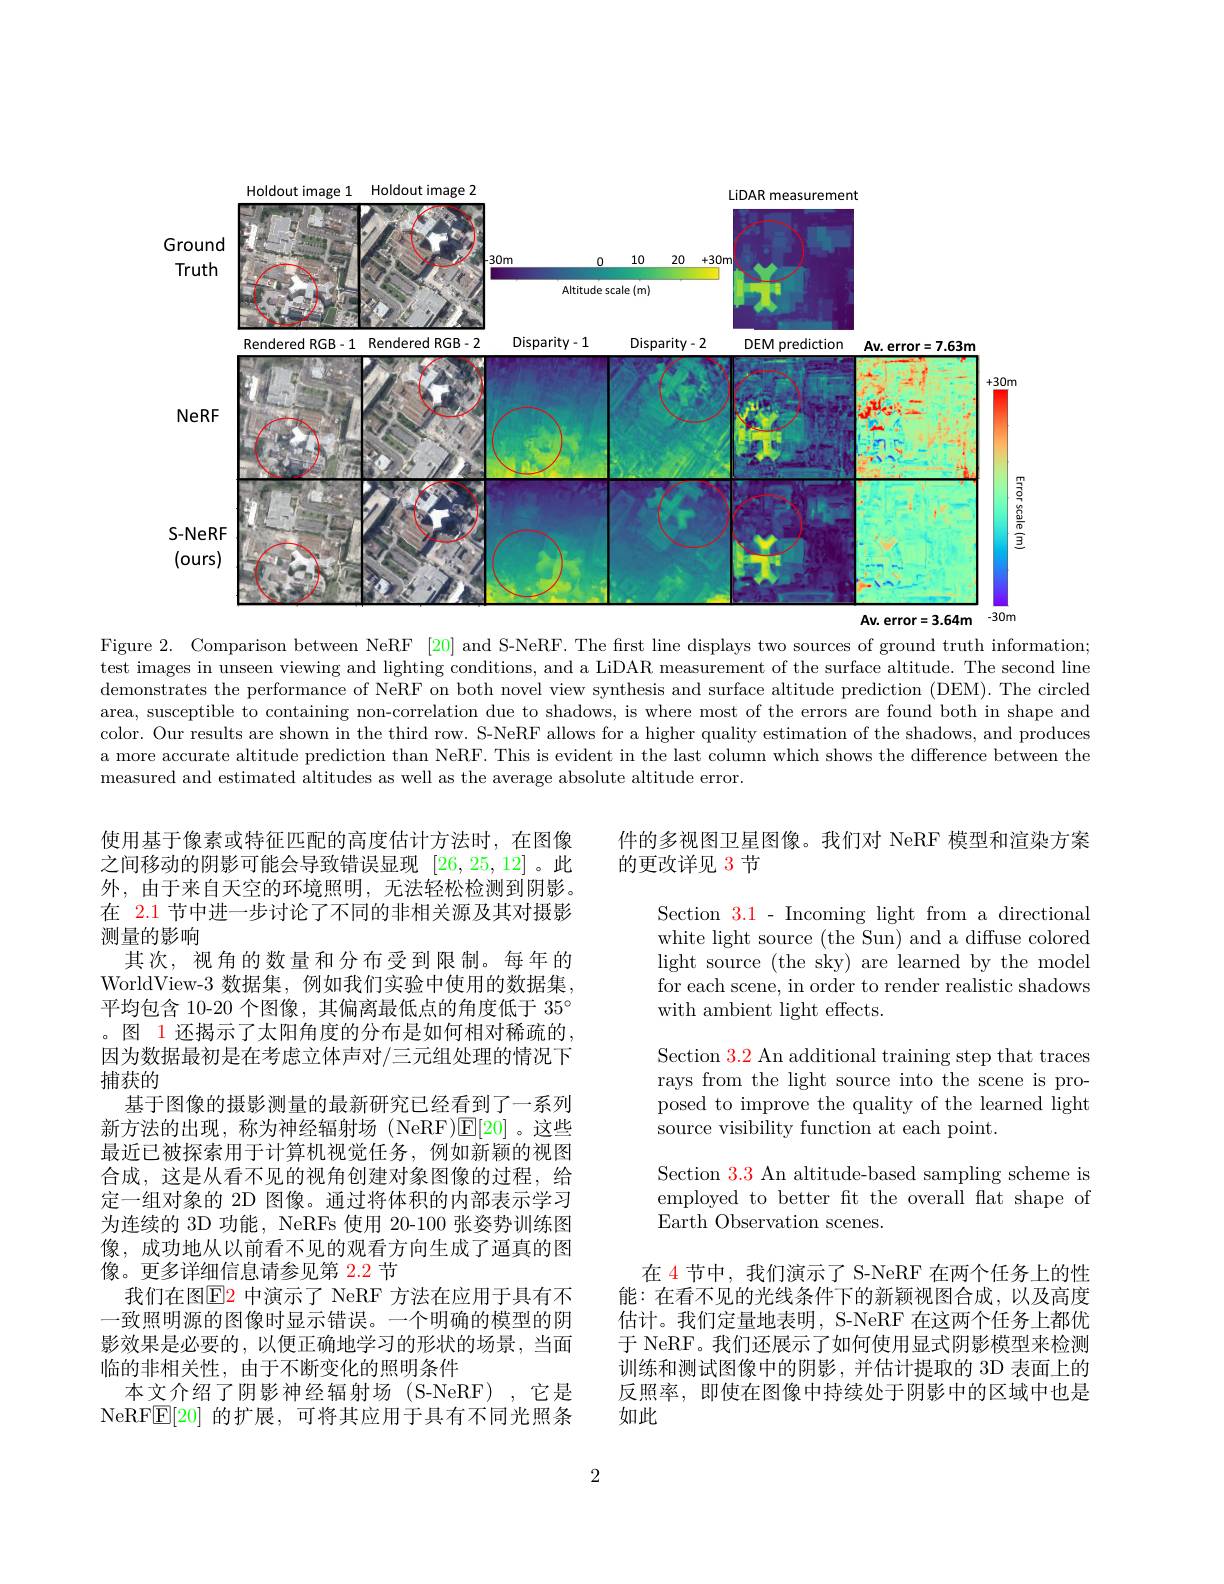
<FigureHere>
$\mathbf{Av}$,error$=3.64m$

Figure 2. Comparison between NeRF [20] and S-NeRF. The frst line displays two sources of ground truth information; test images in unseen viewing and lighting conditions, and a LiDAR measurement of the surface altitude. The second line demonstrates the performance of NeRF on both novel view synthesis and surface altitude prediction (DEM). The circled area, susceptible to containing non-correlation due to shadows, is where most of the errors are found both in shape and color. Our results are shown in the third row. S-NeRF allows for a higher quality estimation of the shadows, and produces a more accurate altitude prediction than NeRF. This is evident in the last column which shows the difference between the measured and estimated altitudes as well as the average absolute altitude error.

件的多视图卫星图像。我们对 NeRF 模型和渲染方案
的更改详见 3 节

Section $\color{red}{3.1}$ - Incoming light from a directional white light source (the Sun) and a diffuse colored light source (the sky) are learned by the model for each scene, in order to render realistic shadows with ambient light effects.

Section 3.2 An additional training step that traces rays from the light source into the scene is proposed to improve the quality of the learned light source visibility function at each point.

使用基于像素或特征匹配的高度估计方法时，在图像之间移动的阴影可能会导致错误显现 [26,25,12]。此外，由于来自天空的环境照明，无法轻松检测到阴影。在 2.1 节中进一步讨论了不同的非相关源及其对摄影测量的影响
其次，视角的数量和分布受到限制。每年的WorldView-3 数据集，例如我们实验中使用的数据集， 平均包含 10-20 个图像，其偏离最低点的角度低于$35^{\circ}$ 。图 1 还揭示了太阳角度的分布是如何相对稀疏的， 因为数据最初是在考虑立体声对/三元组处理的情况下捕获的
基于图像的摄影测量的最新研究已经看到了一系列新方法的出现，称为神经辐射场 (NeRF)$\mathbb{E}[20]$。这些最近已被探索用于计算机视觉任务，例如新颖的视图合成，这是从看不见的视角创建对象图像的过程，给定一组对象的 2D 图像。通过将体积的内部表示学习为连续的 3D 功能，NeRFs 使用 20-100 张姿势训练图像，成功地从以前看不见的观看方向生成了逼真的图像。更多详细信息请参见第 2.2 节
我们在图$\color{red}{\mathrm{E2}}$ 中演示了 NeRF 方法在应用于具有不一致照明源的图像时显示错误。一个明确的模型的阴影效果是必要的，以便正确地学习的形状的场景，当面临的非相关性，由于不断变化的照明条件
本文介绍了阴影神经辐射场(S-NeRF),它是NeRFE[20] 的扩展，可将其应用于具有不同光照条

Section $\color{red}{3.3}$ An altitude-based sampling scheme is employed to better ft the overall flat shape of Earth Observation scenes.

在 4 节中，我们演示了 S-NeRF 在两个任务上的性能：在看不见的光线条件下的新颖视图合成，以及高度估计。我们定量地表明，S-NeRF 在这两个任务上都优于 NeRF。我们还展示了如何使用显式阴影模型来检测训练和测试图像中的阴影，并估计提取的 3D 表面上的反照率，即使在图像中持续处于阴影中的区域中也是如此

2